Punjab Mental Hospital Lahore 1932-46 - 1932-1946
Year: 1932
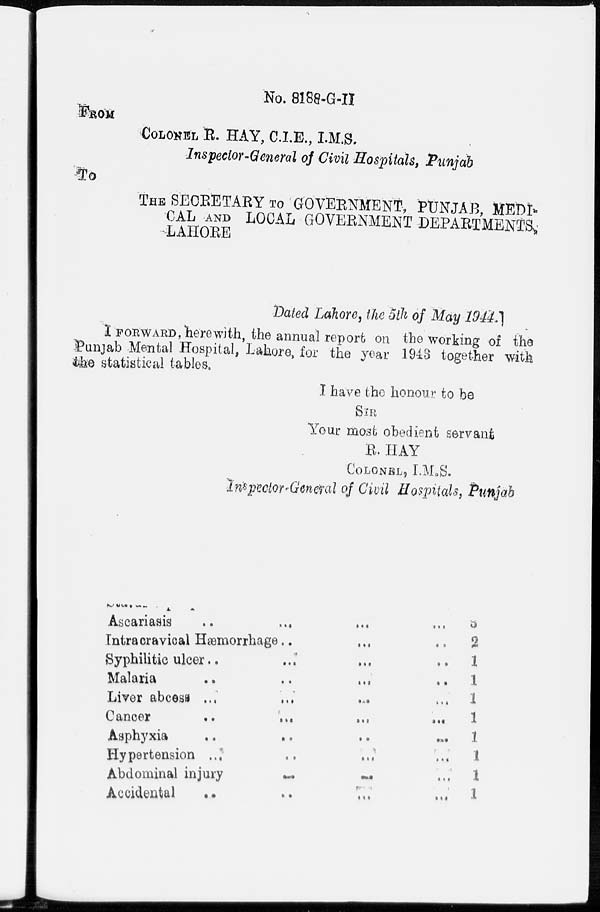
No. 8188-G-II
FROM
COLONEL R. HAY, C.I.E., I.M.S.
Inspector-General of Civil Hospitals, Punjab
To
THE SECRETARY TO GOVERNMENT, PUNJAB, MEDI¬
CAL AND LOCAL GOVERNMENT DEPARTMENTS,
LAHORE
Dated Lahore, the 5th of May 1944.
I FORWARD, herewith, the annual report on the working of the
Punjab Mental Hospital, Lahore, for the year 1943 together with
the statistical tables.
I have the honour to be
SIR
Your most obedient servant
R. HAY
COLONEL, I.M.S.
Inspector-General of Civil Hospitals, Punjab
Ascariasis .. ... ... ...
Intracravical Hæmorrhage ... ...
Syphilitic ulcer ... ... ... ...
Malaria
...
...
...
...
Liver abcess ... ... ... ...
Cancer
...
...
...
...
Asphyxia ... ... ... ...
Hypertension ... ... ... ...
Abdominal injury ... ... ...
Accidental ... ... ... ...
0
2
1 1
1
1
1
1
1
1